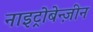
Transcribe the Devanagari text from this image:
नाइट्रोबेन्ज़ीन